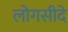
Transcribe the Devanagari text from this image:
लोगसीदे